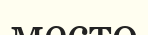
место